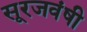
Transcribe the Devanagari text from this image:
सूरजवंषी